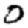
Digit: 0